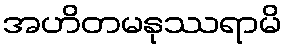
အဟိတမနုဿရာမိ